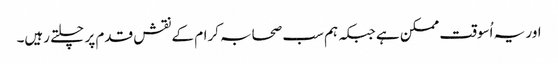
اور یہ اُسوقت ممکن ہے جبکہ ہم سب صحابہ کرام کے نقش قدم پر چلتے رہیں۔